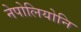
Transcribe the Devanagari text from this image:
नेपोलियोनि